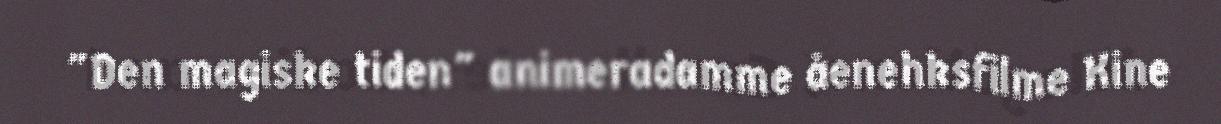
"Den magiske tiden" animeradamme åenehksfilme Kine